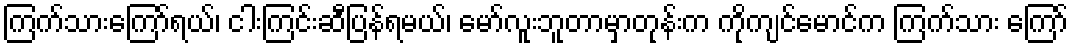
ကြက်သားကြော်ရယ်၊ ငါးကြင်းဆီပြန်ရမယ်၊ မော်လူးဘူတာမှာတုန်းက ကိုကျင်မောင်က ကြက်သား ကြော်